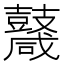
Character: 𪔩